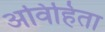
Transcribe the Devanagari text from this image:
अविहिता